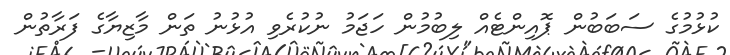
ކުޅުމުގެ ސަބަބުން ޕޮއިންޓެއް ލިބުމުން ހަޖަމު ނުކުރެވި އުޅުނު ތަން މާޒިޔާގެ ފަރާތުން